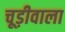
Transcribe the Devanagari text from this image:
चूड़ीवाला